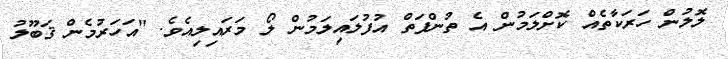
ލޮލުން ހަރަކާތެއް ކޮށްލަމުން އެ ތުންފަތް އުފުލައިލަމުން ލޯ މަރައިލިއެވެ. "އަހަރުމެން ޤަބޫލު